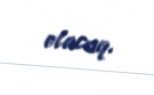
olacaq.